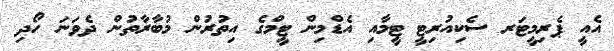
އެއީ ޕެރިމީޓަރ ސެކިއުރިޓީ ޓީމާއި އެޑްމިން ޓީމްގެ އިތުރުން މުބާރާތުން ދެވަނަ ހޯދި